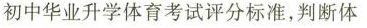
初中华业升学体育考试评分标准，判断体